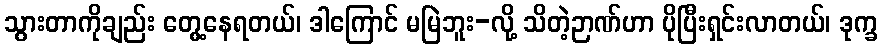
သွားတာကိုချည်း တွေ့နေရတယ်၊ ဒါကြောင် မမြဲဘူး-လို့ သိတဲ့ဉာဏ်ဟာ ပိုပြီးရှင်းလာတယ်၊ ဒုက္ခ